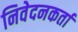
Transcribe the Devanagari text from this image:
निवेदनकर्ता